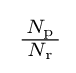
\,{\tfrac {\,N_{\text{p}}\,}{N_{\text{r}}}}